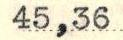
45,36